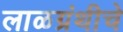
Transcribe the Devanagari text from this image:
लाळग्रंथीचे